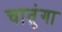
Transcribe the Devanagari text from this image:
चातुंगा